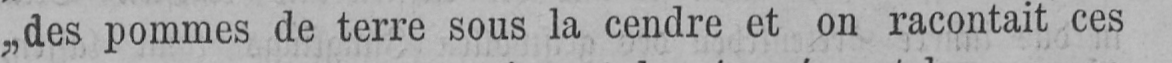
„des pommes de terre sous la cendre et on racontait ces